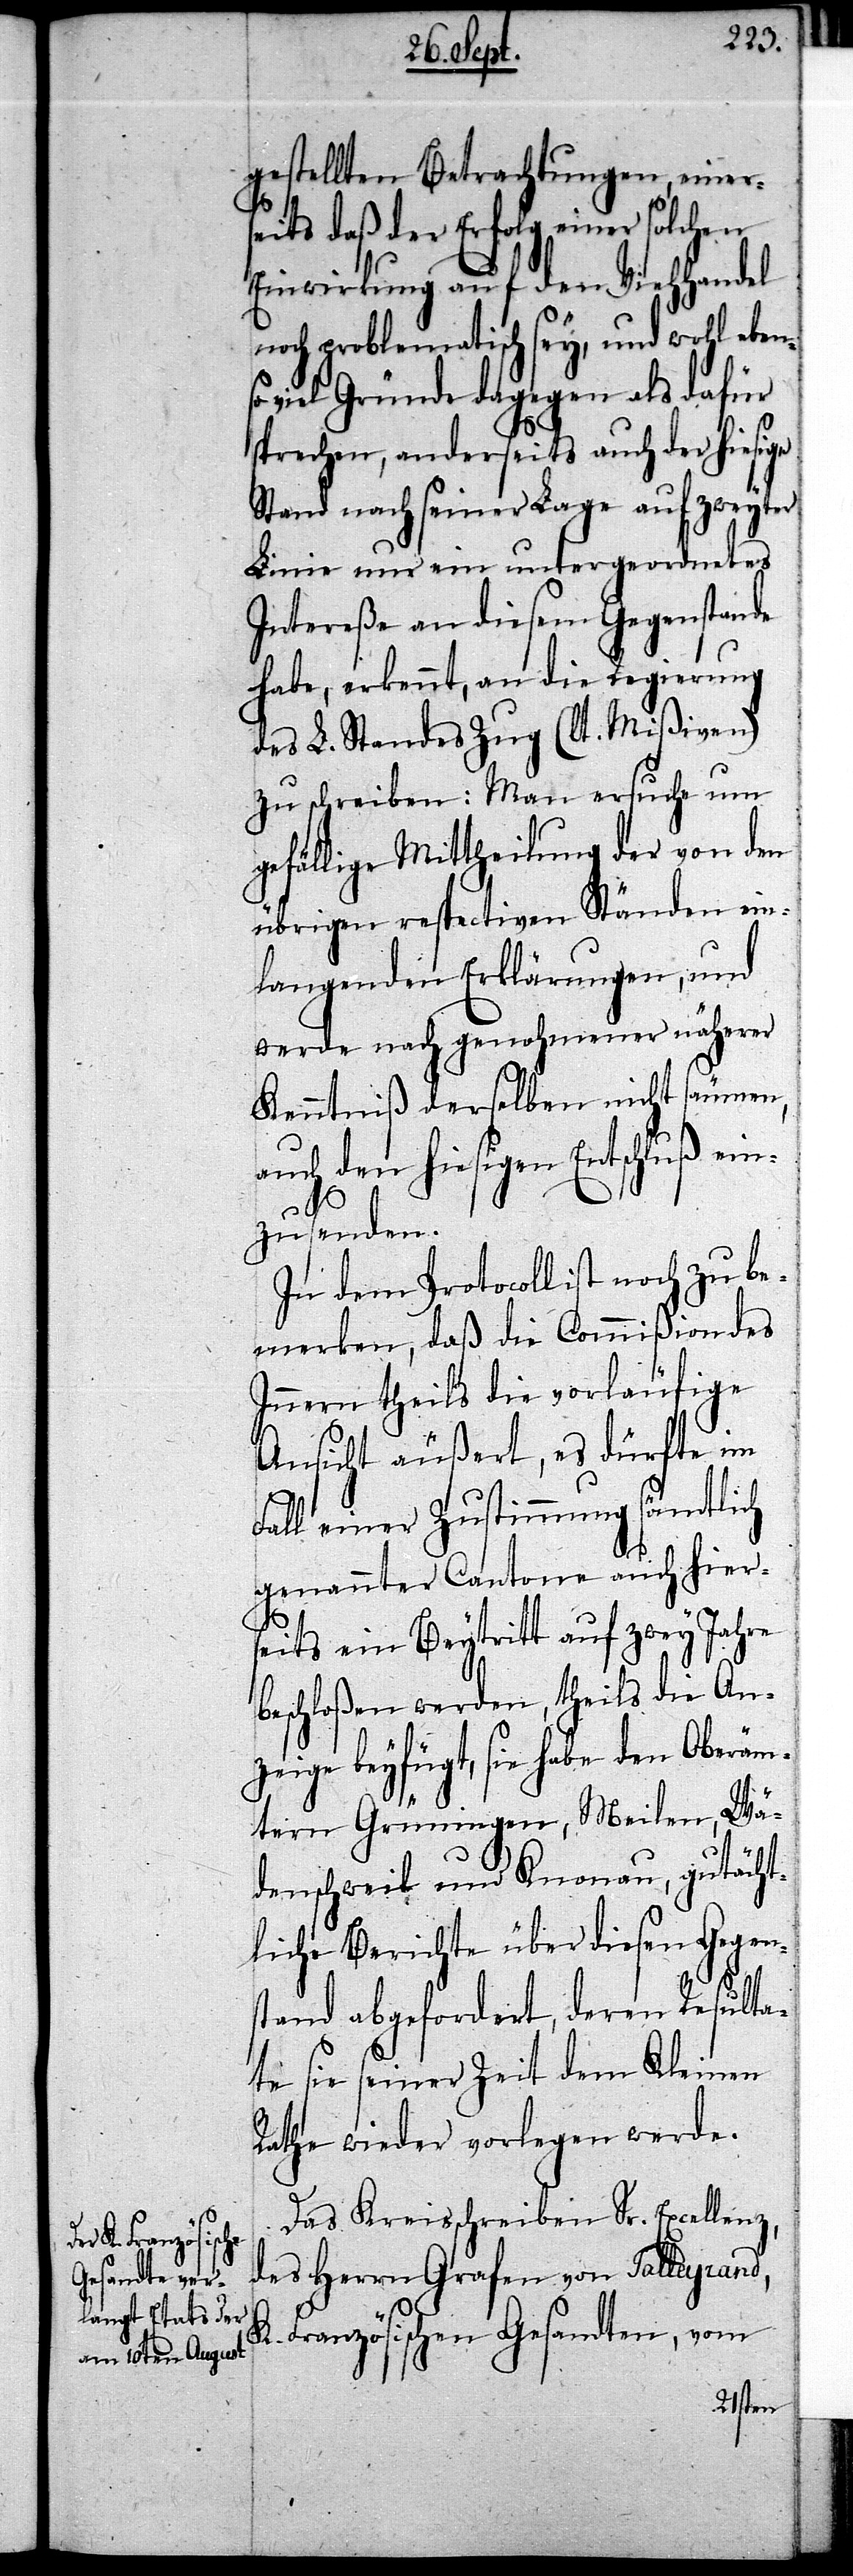
gestellten Betrachtungen, einers¬
eits daß der Erfolg einer solchen
Einwirkung auf den Viehhandel
noch problematisch sey, und wohl ebens¬
o viel Gründe dagegen als dafür
sprechen, anderseits auch der hiesige
Stand nach seiner Lage auf zweyter
Linie nur ein untergeordnetes
Intereße an diesem Gegenstand
habe, erkennt, an die Regierung
des L. Standes Zug (lt. Mißiven)
zu schreiben: Man ersuche um
gefällige Mittheilung der von den
übrigen respectiven Ständen ein¬
langenden Erklärungen, und
werde nach genohmener näherer
Kenntniß derselben nicht säumen,
auch den hiesigen Entschluß ein¬
zusenden.
In dem Protocoll ist noch zu be¬
merken, daß die Commißion des
Innern theils die vorläufige
Ansicht äußert, es dürfte im
Fall einer Zustimmung sämtlich
genannter Cantone auch hier¬
seits ein Beytritt auf zwey Jahre
beschloßen werden, theils die An¬
zeige beyfügt, sie habe den Oberäm¬
tern Grüningen, Meilen, Wä¬
denschweil und Knonau, gutächt¬
liche Berichte über diesen Gegen¬
stand abgefordert, deren Resulta¬
te sie seiner Zeit dem Kleinen
Rathe wieder vorlegen werde.
Das Kreisschreiben Sr. Excellenz,
des Herrn Grafen von Talleyrand,
Französischen Gesandten, vom